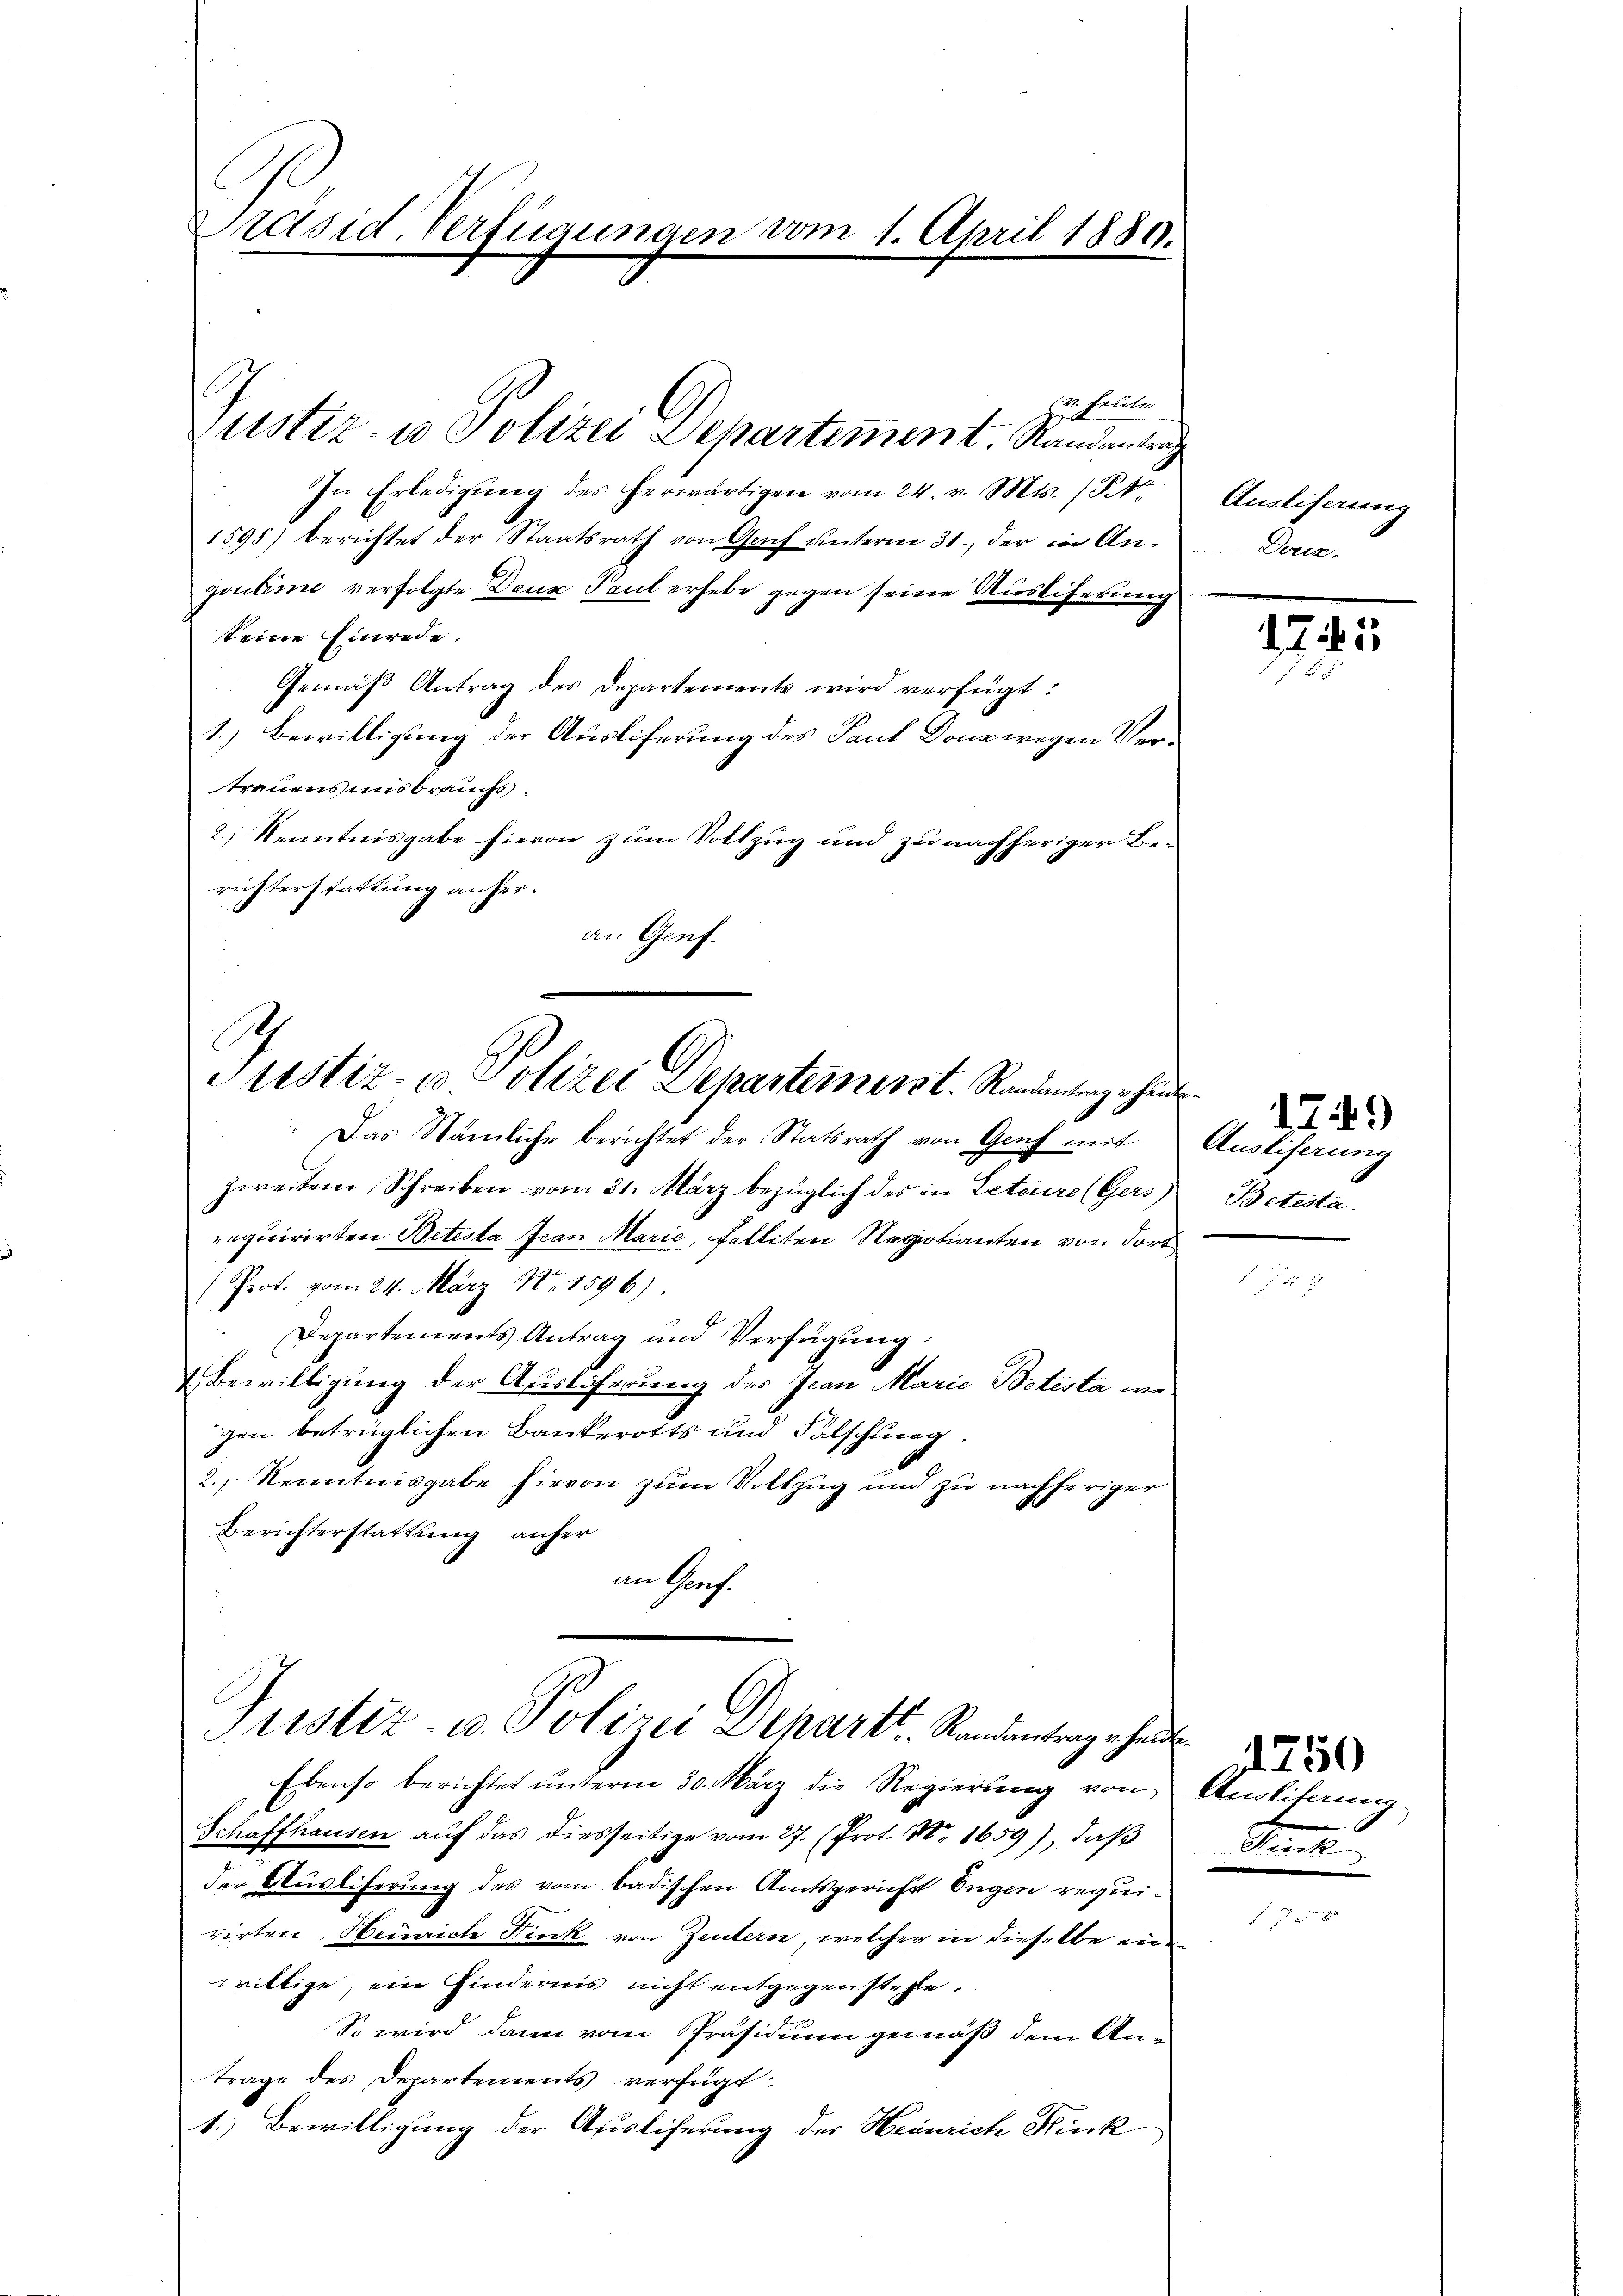
Präsid. Verfügungen vom 1. April 1889.

helle
In Erledigung des herwärtigen vom 24. v. Mts. 154
1598) berichtet der Staatsrath von Gach unterm 31., der in Angoutume verfolgte Deus Paul erhebe gegen seine Ausliferung
keine Einrede.
Gemäβ Antrag des Departements wird verfügt:
1.) Bewilligung der Ausliferung des Paul Dona wegen Vertrauens uns brauchs.
2.) Kenntnisgabe hievon zum Vollzug und zu nachheriger Berichterstattung anheran Genf.

Justiz- u. Polizei Departement. Randantrag

Das Nämliche berichtet der Statsrath von Genf mit
zweiten Schreiben vom 31. März bezüglich des in Leteuere (Gers)
requirirten Betesta Jean Marie, falliten Regotianten von dort
(Prot. vom 24. März Nr. 1596)
Departements Antrag und Verfügŭng:
Bewilligung der Auslicherung des Jean Marie Botesta we
gen betrüglichen Bankerotts und Falschung.
2.) Kenntnisgabe hievon zum Vollzug und zu nachheriger
Berichterstattung anher
im Prof.

Justiz- u Polizei Departemenst. Randantenzahlu

Justiz- u. Polizei Schartl. Randantrag erhande

Ebenso berichtet unterm 30. März die Regierung von
Schaffhausen auf das diesseitige vom 27. (Prot. Nr. 1659), daß
der Ausliferung des vom badischen Amtsgericht Eugen requirirten Heinrich Fick von Zeitern, welcher in dieselbe ein
wiltige, ein Kindernis nicht entgegenstehe.
So wird dann vom Präsidium gemäß dem Antrage des Departements verfügt:
1.) Bewilligung der Ausliferung der Heinrich Hink

Ausliserung
Derca

175

Ausliferung
Betesta

250
Anliterung
Sackt

149)